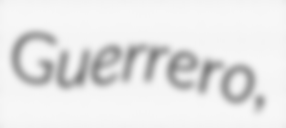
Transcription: Guerrero,